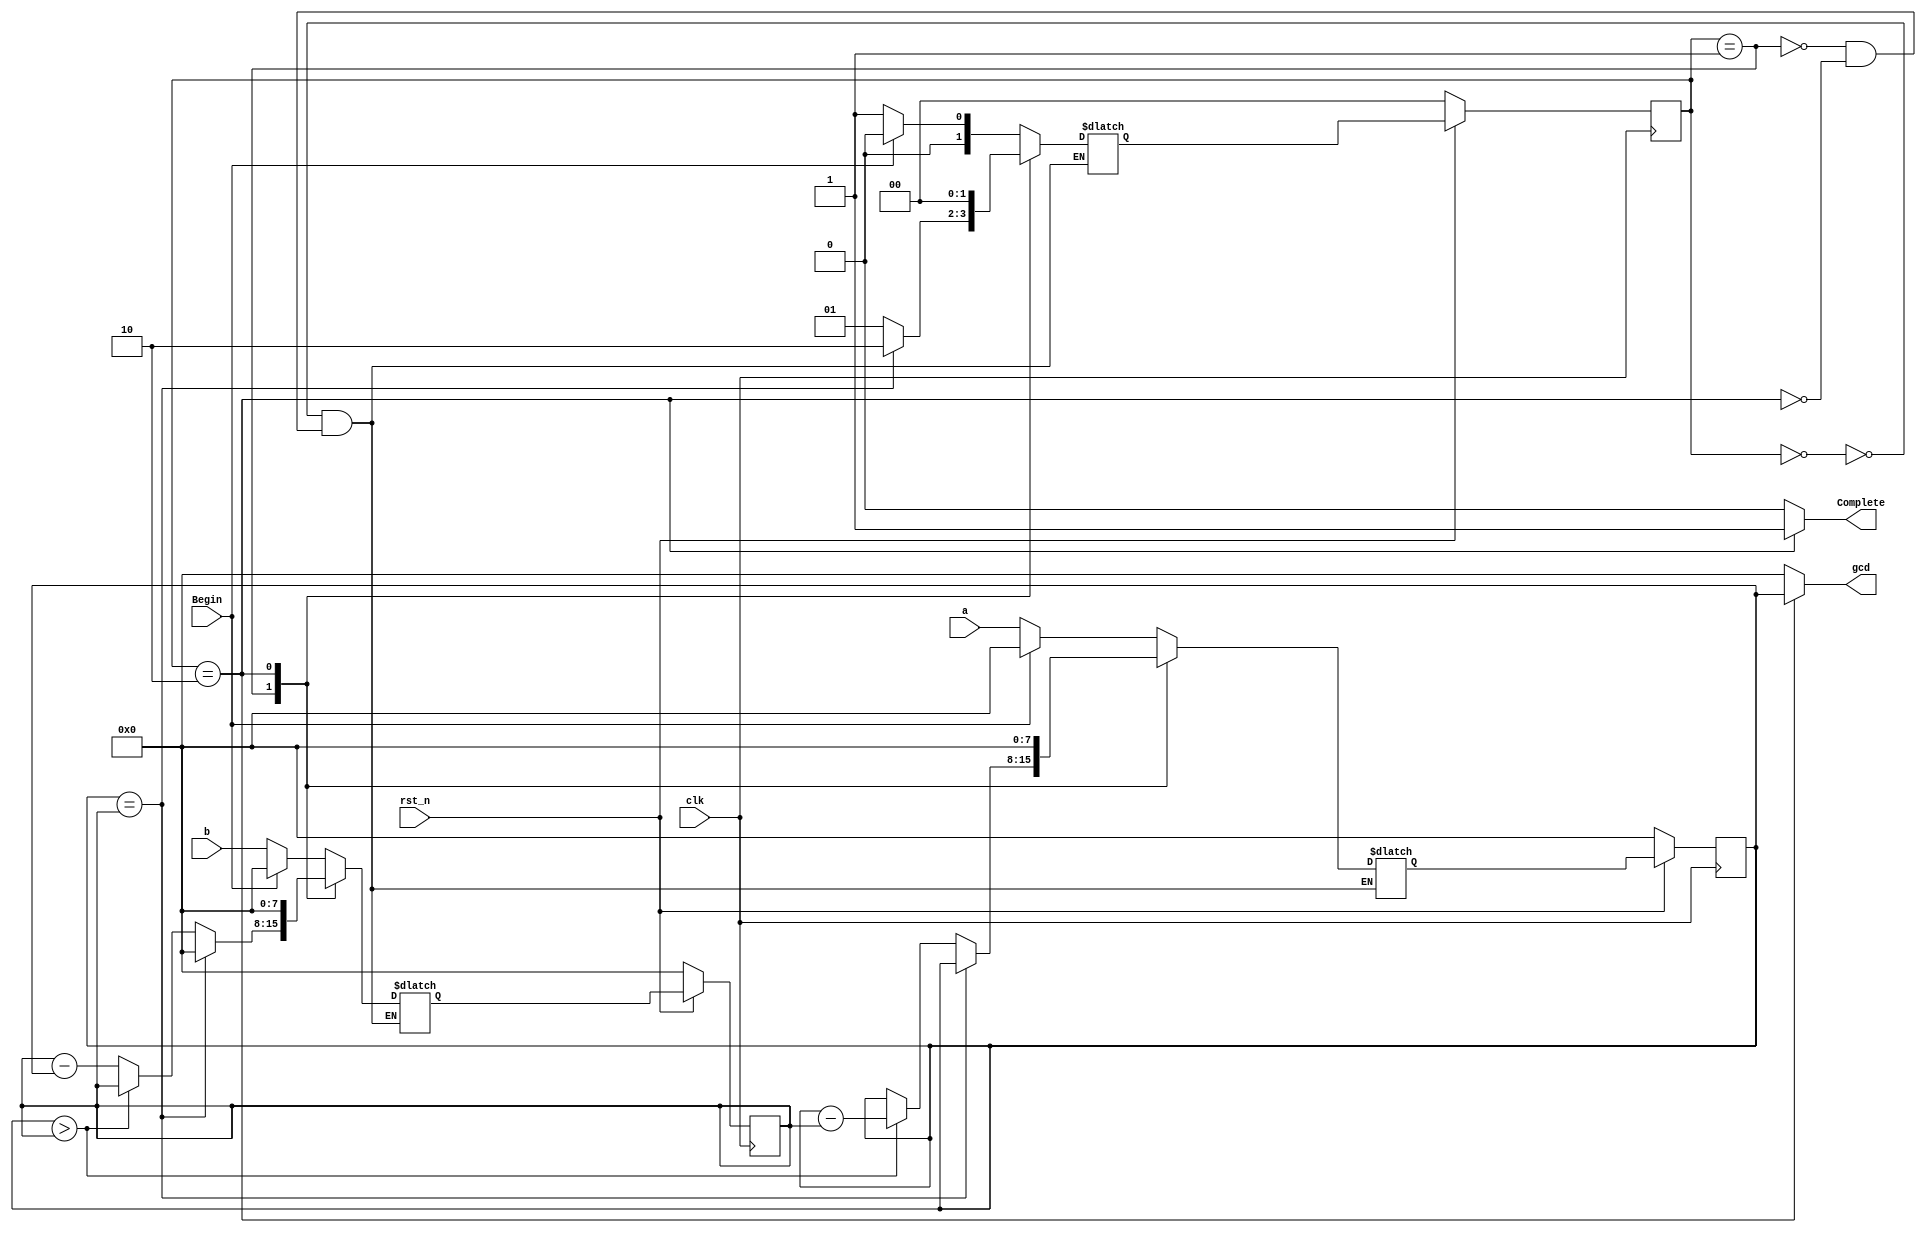
`timescale 1ns/1ps

module Greatest_Common_Divisor (clk, rst_n, Begin, a, b, Complete, gcd);
input clk, rst_n;
input Begin;
input [8-1:0] a;
input [8-1:0] b;
output Complete;
output [8-1:0] gcd;
reg [8-1:0] gcd;
reg [1:0] state;
reg [1:0] next_state;
reg [7:0] next_x, next_y;
reg [7:0] x, y;
reg Complete;

parameter WAIT = 2'b00;
parameter CAL = 2'b01;
parameter FINISH = 2'b10;

always @(posedge clk) begin
    if(~rst_n) begin
        state <= WAIT;
        x <= 8'b0;
        y <= 8'b0;
    end
    else begin
        state <= next_state;
        x <= next_x;
        y <= next_y;
    end
end

always @* begin
    case(state)
        WAIT :
            if(Begin == 1'b0) begin
                next_x = a;
                next_y = b;
                next_state = CAL;
            end
            else begin
                next_x = 8'b0;
                next_y = 8'b0;
                next_state = WAIT;
            end
        CAL : 
            if({x} == {y}) begin
                next_state = FINISH;
                next_x = x;
                next_y = 8'b0;
            end
            else begin
                if({x} > {y}) begin
                    next_x = {x} - {y};
                    next_y = y;
                    next_state = CAL;
                end
                else begin
                    next_x = x;
                    next_y = {y} - {x};
                    next_state = CAL;
                end
            end
        FINISH : 
            begin
                next_x = 8'b0;
                next_y = 8'b0;
                next_state = WAIT;
            end
    endcase
end

always@* begin
    if(state == FINISH) begin
        Complete = 1'b1; 
        gcd = x;
    end
    else begin
        Complete = 1'b0;
        gcd = 8'b0;
    end
end

endmodule